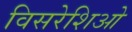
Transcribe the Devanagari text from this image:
विसरेशिओ